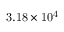
\mathrm { 3 . 1 8 \times 1 0 ^ { 4 } }